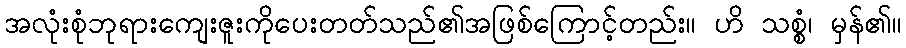
အလုံးစုံဘုရားကျေးဇူးကိုပေးတတ်သည်၏အဖြစ်ကြောင့်တည်း။ ဟိ သစ္စံ၊ မှန်၏။